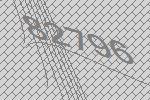
82796